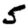
Digit: 5